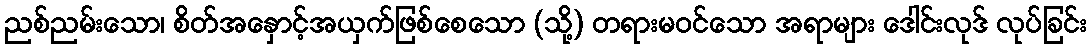
ညစ်ညမ်းသော၊ စိတ်အနှောင့်အယှက်ဖြစ်စေသော (သို့) တရားမဝင်သော အရာများ ဒေါင်းလုဒ် လုပ်ခြင်း